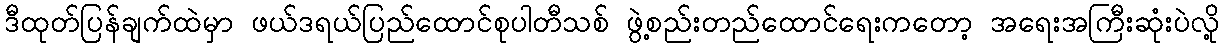
ဒီထုတ်ပြန်ချက်ထဲမှာ ဖယ်ဒရယ်ပြည်ထောင်စုပါတီသစ် ဖွဲ့စည်းတည်ထောင်ရေးကတော့ အရေးအကြီးဆုံးပဲလို့